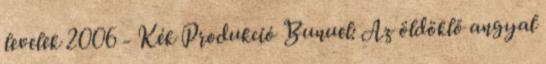
levelek 2006 - Kék Produkció Bunuel: Az öldöklő angyal